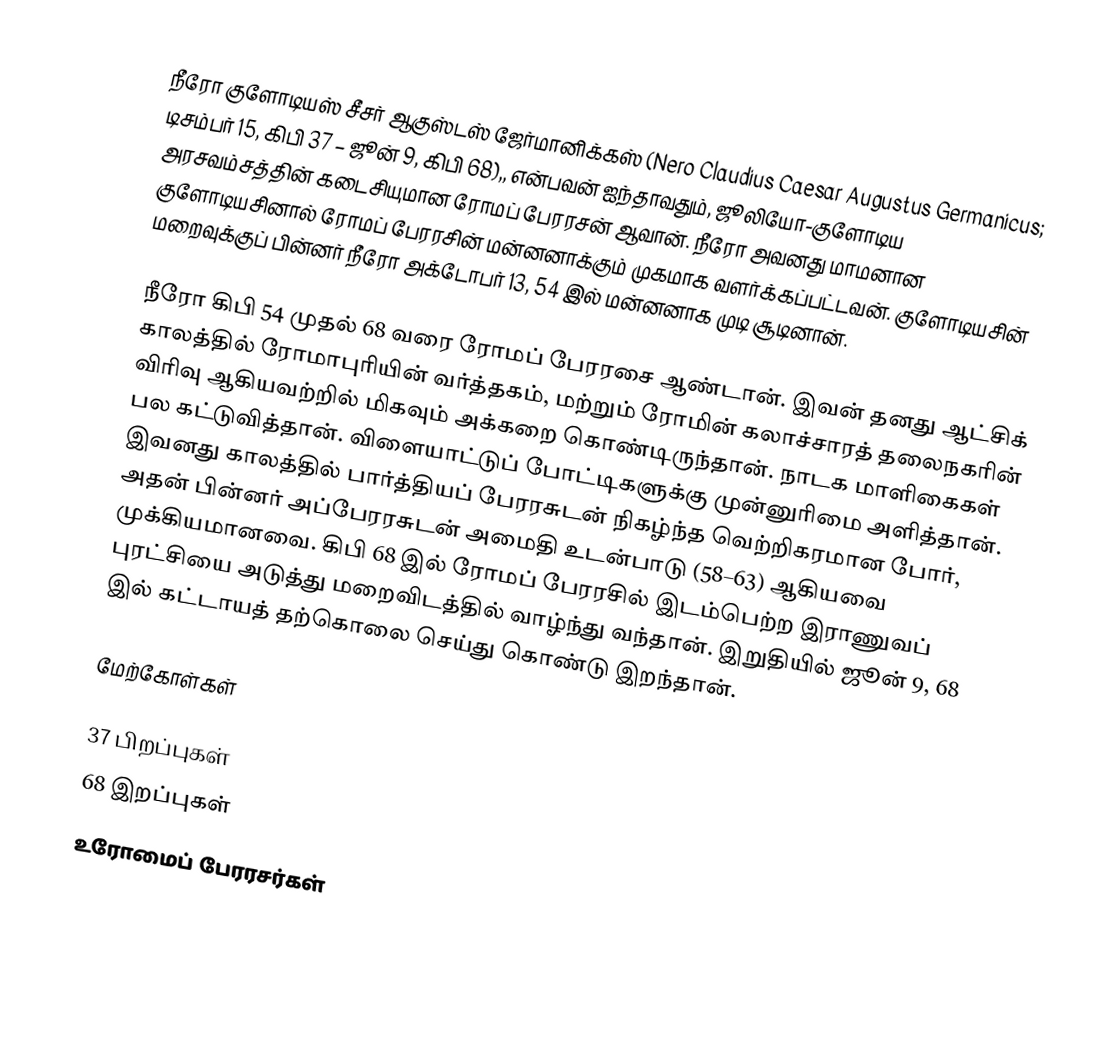
நீரோ குளோடியஸ் சீசர் ஆகுஸ்டஸ் ஜேர்மானிக்கஸ் (Nero Claudius Caesar Augustus Germanicus; டிசம்பர் 15, கிபி 37 – ஜூன் 9, கிபி 68),, என்பவன் ஐந்தாவதும், ஜூலியோ-குளோடிய அரசவம்சத்தின் கடைசியுமான ரோமப் பேரரசன் ஆவான். நீரோ அவனது மாமனான குளோடியசினால் ரோமப் பேரரசின் மன்னனாக்கும் முகமாக வளர்க்கப்பட்டவன். குளோடியசின் மறைவுக்குப் பின்னர் நீரோ அக்டோபர் 13, 54 இல் மன்னனாக முடி சூடினான்.

நீரோ கிபி 54 முதல் 68 வரை ரோமப் பேரரசை ஆண்டான். இவன் தனது ஆட்சிக் காலத்தில் ரோமாபுரியின் வர்த்தகம், மற்றும் ரோமின் கலாச்சாரத் தலைநகரின் விரிவு ஆகியவற்றில் மிகவும் அக்கறை கொண்டிருந்தான். நாடக மாளிகைகள் பல கட்டுவித்தான். விளையாட்டுப் போட்டிகளுக்கு முன்னுரிமை அளித்தான். இவனது காலத்தில் பார்த்தியப் பேரரசுடன் நிகழ்ந்த வெற்றிகரமான போர், அதன் பின்னர் அப்பேரரசுடன் அமைதி உடன்பாடு (58–63) ஆகியவை முக்கியமானவை. கிபி 68 இல் ரோமப் பேரரசில் இடம்பெற்ற இராணுவப் புரட்சியை அடுத்து மறைவிடத்தில் வாழ்ந்து வந்தான். இறுதியில் ஜூன் 9, 68 இல் கட்டாயத் தற்கொலை செய்து கொண்டு இறந்தான்.

மேற்கோள்கள்

37 பிறப்புகள்
68 இறப்புகள்
உரோமைப் பேரரசர்கள்